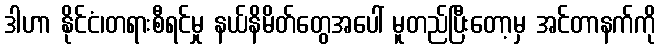
ဒါဟာ နိုင်ငံ၊တရားစီရင်မှု နယ်နိမိတ်တွေအပေါ် မူတည်ပြီးတော့မှ အင်တာနက်ကို